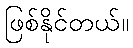
ဖြစ်နိုင်တယ်။